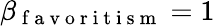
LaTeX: \beta_{\mathrm{~f~a~v~o~r~i~t~i~s~m~}}=1